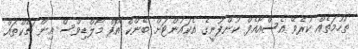
ތުހުމަތެއް ކުރެވޭ އެސްއޯއެފް ކުންފުނީގެ އެކައުންޓަށް ބޭންކް އޮފް މޯލްޑިވްސް އިން ޗެކްތައް